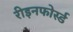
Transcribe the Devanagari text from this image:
रीइनफोर्स्ड